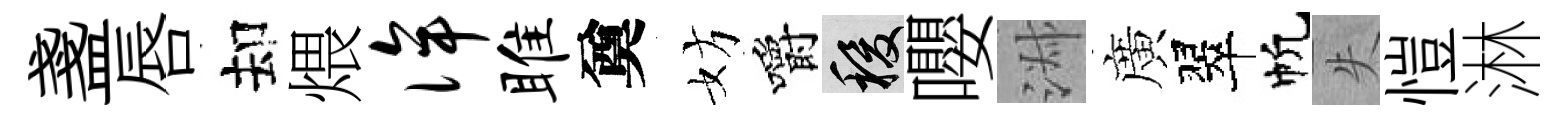
盞唇却煨侔雎奠妨嚼稷嚶淑廣翠帆失愷淋